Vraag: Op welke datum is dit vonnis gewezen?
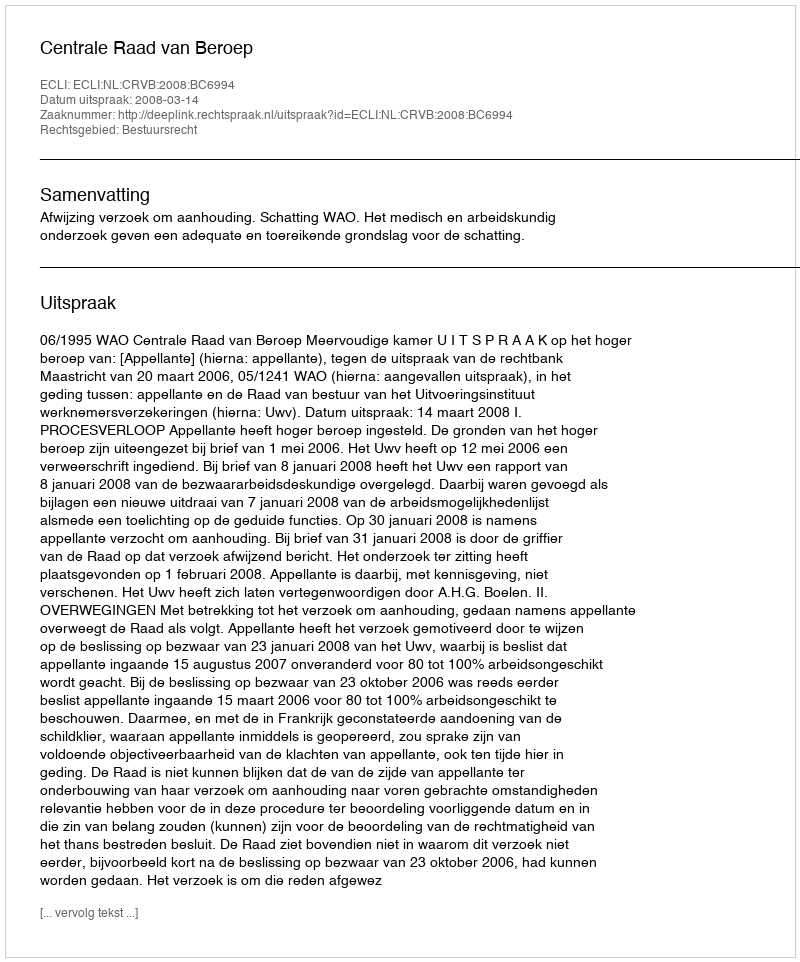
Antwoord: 2008-03-14